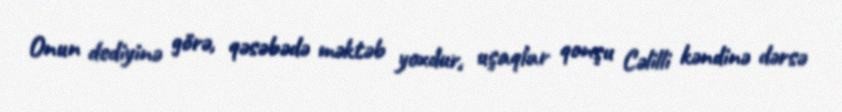
Onun dediyinə görə, qəsəbədə məktəb yoxdur, uşaqlar qonşu Cəlilli kəndinə dərsə